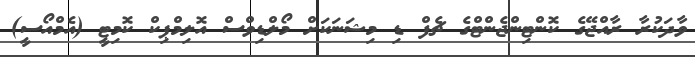
ވާދަކުރާ ރާއްޖޭގެ ކޮންޓިންޖެންޓްގެ ޗެފް ޑި މިޝަނަކަށް މޯލްޑިވްސް އޮލިމްޕިކް ކޮމިޓީ (އެމްއޯސީ)